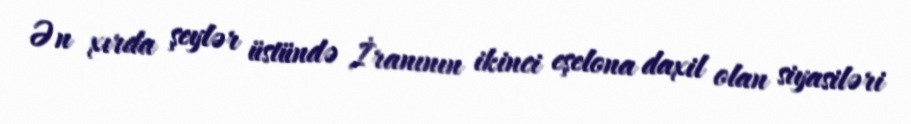
Ən xırda şeylər üstündə İranının ikinci eşelona daxil olan siyasiləri